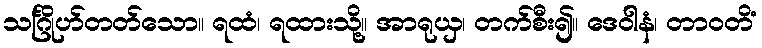
သင်္ဂြိုဟ်တတ်သော။ ရထံ၊ ရထားသို့။ အာရုယှ၊ တက်စီး၍။ ဒေဝါနံ၊ တာဝတိံ